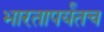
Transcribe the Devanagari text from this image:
भारतापर्यंतच